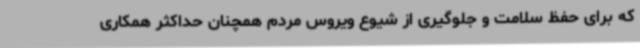
که برای حفظ سلامت و جلوگیری از شیوع ویروس مردم همچنان حداکثر همکاری